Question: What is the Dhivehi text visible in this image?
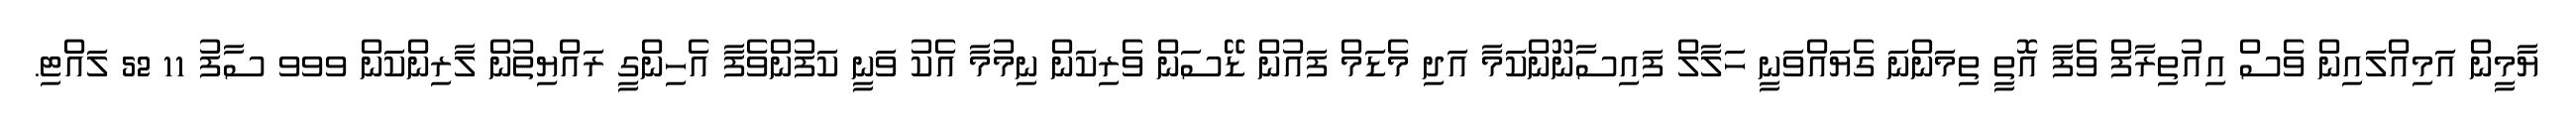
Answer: ޔާމީން އަމިއްލައިން ވެސް އިއުތިރާފް ވެފާ އޮތީ ތިމަންނަ ގެޔައްވަނީ ހަލާލް ފައިސާނޫންކަމާ އަދި މެޑަމް ފައުން ޑޭސަން ވެރިކަން ނިމުމާ އެކު ވަނީ ކަފުންވެފާ އެހިންގީ ރައްޔިތުން ލާރިންކަން ވވވ ސާފު 11 52 ލައްޓި.